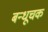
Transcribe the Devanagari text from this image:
बन्धूचक